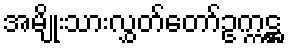
အမျိုးသားလွှတ်တော်ဥက္ကဋ္ဌ